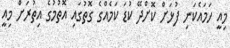
މިއީ ހަމައެކަނި ފުޅަށް ކޮށްދޭ ކުޑަ ކަމެއްގެ ގޮތުގައި އޮތުމުގެ އިތުރަށް މިއީ